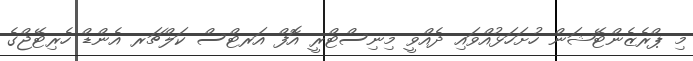
މި ޕްރެޒެންޓޭޝަން ހުށަހަޅުއްވައި ދެއްވީ މިނިސްޓްރީ އޮފް އަރޓްސް ކަލްޗަރ އެންޑް ހެރިޓޭޖްގެ